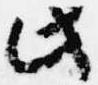
此